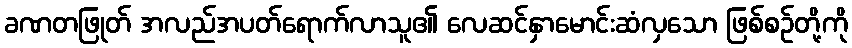
ခဏတဖြုတ် အလည်အပတ်ရောက်လာသူ၏ လေဆင်နှာမောင်းဆံလှသော ဖြစ်စဉ်တို့ကို